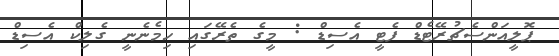
ޕޮލީއަންސެޗުރޭޓެޑް ފެޓީ އެސިޑް : މީގެ ތެރޭގައި ހިމެނެނީ ގެލިކް އެސިޑް